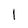
Character: I